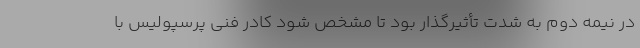
در نیمه دوم به شدت تأثیرگذار بود تا مشخص شود کادر فنی پرسپولیس با